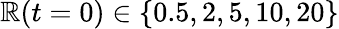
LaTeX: \mathbb{R}(t=0)\in\{ 0.5,2,5,10,20\}